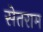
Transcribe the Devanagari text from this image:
सेतराम